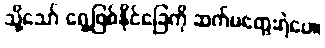
သို့သော် ရှေ့ဖြစ်နိုင်ခြေကို ဆက်မတွေးရဲပေ။